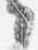
々